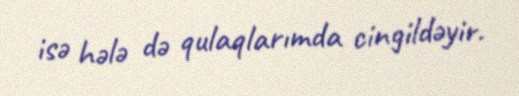
isə hələ də qulaqlarımda cingildəyir.